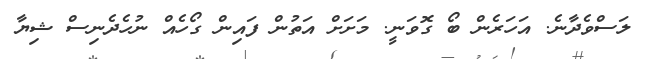
ލަސްވެދާނެ. އަހަރެން ބޯ ގޮވަނީ. މަށަށް އަތުން ފައިން ގޯހެއް ނުހެދެނިސް ޝިޔާ